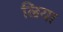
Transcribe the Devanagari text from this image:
ल्रिया